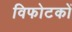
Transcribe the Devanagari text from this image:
विफोटकों